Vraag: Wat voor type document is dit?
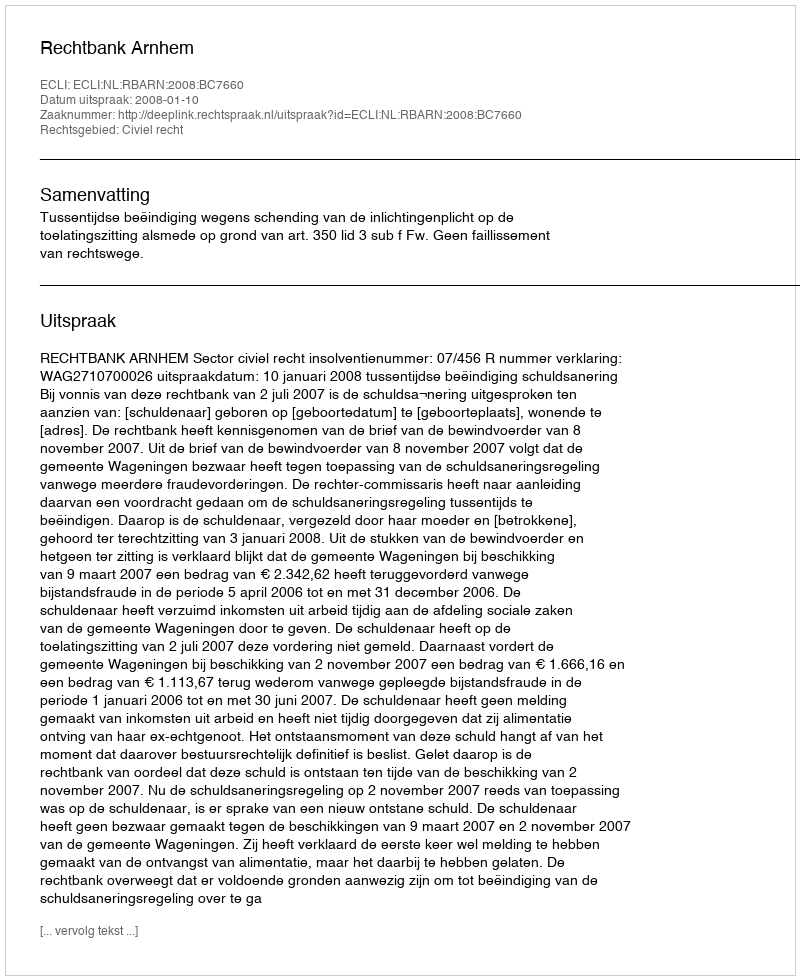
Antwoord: Uitspraak